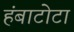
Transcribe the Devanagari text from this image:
हंबाटोटा